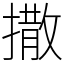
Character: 撒